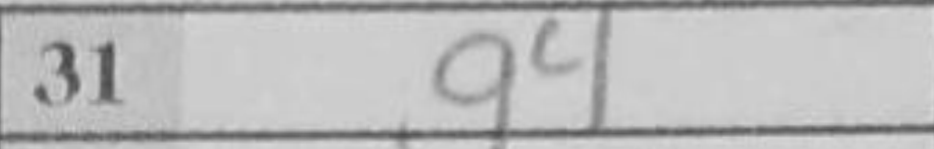
Transcription: Re2